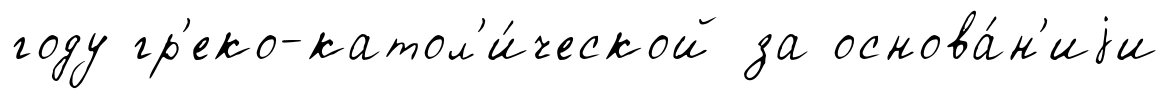
году гр'еко-катол'и́ческой за основа́н'иjи